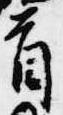
首